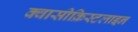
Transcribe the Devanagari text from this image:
क्वासीक्रिस्टलाइन